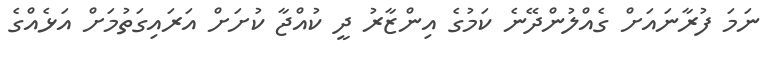
ނަމަ ފުރާނައަށް ގެއްލުންދޭނެ ކަމުގެ އިންޒާރު ދީ ކުއްޖާ ކުށަށް އަރައިގަތުމަށް އަޅެއްގެ